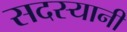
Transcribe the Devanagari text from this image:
सदस्यानी